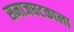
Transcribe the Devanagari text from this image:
समाजघटकाला